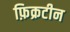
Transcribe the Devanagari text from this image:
फ़िक्रटीन